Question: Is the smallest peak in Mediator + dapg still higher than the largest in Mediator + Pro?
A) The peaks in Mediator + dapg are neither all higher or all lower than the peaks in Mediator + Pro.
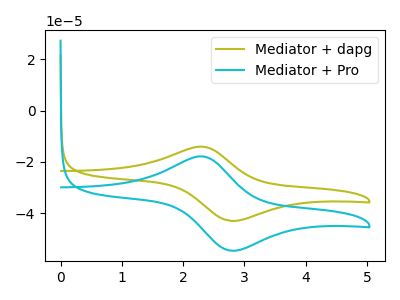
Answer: <think>The olive curve "Mediator + dapg" has an anodic peak at (2.30V, -14.05uA) and a cathodic peak at (2.80V, -43.00uA). The cyan curve "Mediator + Pro" has an anodic peak at (2.30V, -17.80uA) and a cathodic peak at (2.80V, -54.60uA).</think>
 <answer>A) The peaks in "Mediator + dapg" are neither all higher or all lower than the peaks in "Mediator + Pro".</answer>
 <eval>A</eval>